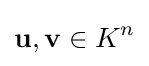
\mathbf {u} ,\mathbf {v} \in K^{n}